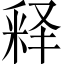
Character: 释